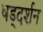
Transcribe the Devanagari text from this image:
षड्‌दर्शन